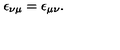
\epsilon _ { \nu \mu } = \epsilon _ { \mu \nu } .